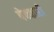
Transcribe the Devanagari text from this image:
पेक्कारी